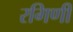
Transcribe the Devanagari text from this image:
रगिणी